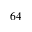
6 4